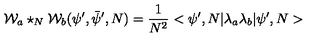
{ \cal W } _ { a } \star _ { N } { \cal W } _ { b } ( \psi ^ { \prime } , \bar { \psi } ^ { \prime } , N ) = \frac { 1 } { N ^ { 2 } } < \psi ^ { \prime } , N | \lambda _ { a } \lambda _ { b } | \psi ^ { \prime } , N >